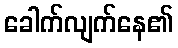
ခေါက်လျက်နေ၏